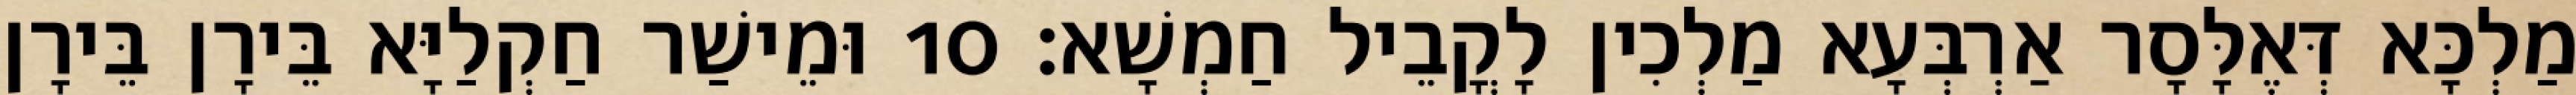
מַלְכָּא דְּאֶלָּסָר אַרְבְּעָא מַלְכִין לָקֳבֵיל חַמְשָׁא׃ 10 וּמֵישַׁר חַקְלַיָּא בֵּירָן בֵּירָן